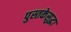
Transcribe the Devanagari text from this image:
पुस्तकेसुद्धा